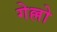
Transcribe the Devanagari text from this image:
गेल्लो